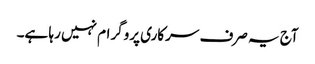
آج یہ صرف سرکاری پروگرام نہیں رہا ہے۔